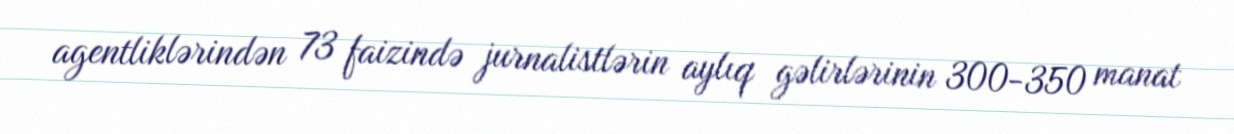
agentliklərindən 73 faizində jurnalistlərin aylıq gəlirlərinin 300-350 manat